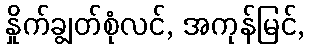
နှိုက်ချွတ်စုံလင်, အကုန်မြင်,